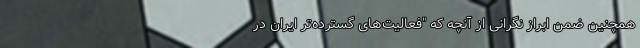
همچنین ضمن ابراز نگرانی از آنچه که "فعالیت‌های گسترده‌تر ایران در